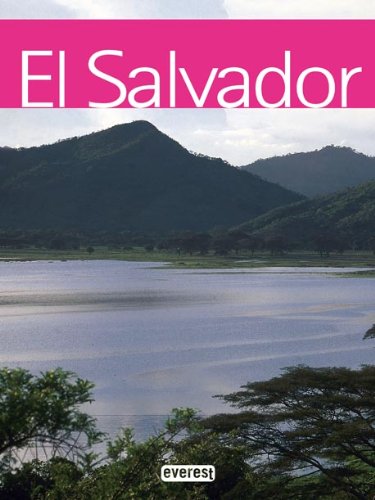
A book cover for El Salvador (Spanish Edition); Edgar de Puy; Travel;